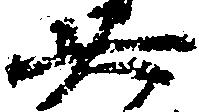
廿